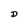
Character: D